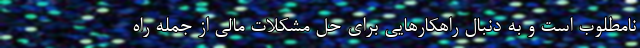
نامطلوب است و به دنبال راهکارهایی برای حل مشکلات مالی از جمله راه